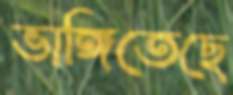
ভাঙ্গিতেছে